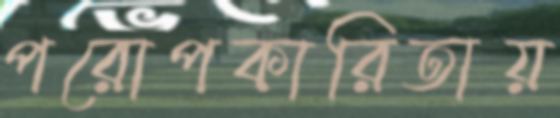
পরোপকারিতায়